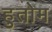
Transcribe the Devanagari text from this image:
हुतोम